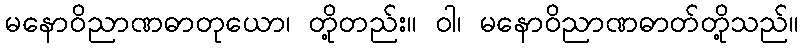
မနောဝိညာဏဓာတုယော၊ တို့တည်း။ ဝါ၊ မနောဝိညာဏဓာတ်တို့သည်။